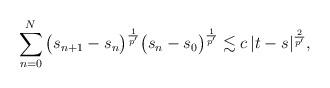
LaTeX: \begin{align*}\sum_{n=0}^N \big(s_{n+1}-s_n\big)^\frac{1}{p'}\big(s_n - s_0\big)^\frac{1}{p'} \lesssim c\,|t-s|^\frac{2}{p'},\end{align*}